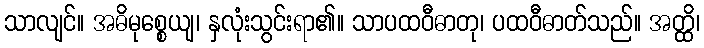
သာလျင်။ အဓိမုစ္စေယျ၊ နှလုံးသွင်းရာ၏။ သာပထဝီဓာတု၊ ပထဝီဓာတ်သည်။ အတ္ထိ၊